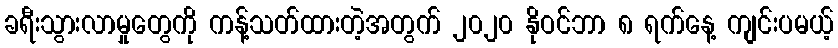
ခရီးသွားလာမှုတွေကို ကန့်သတ်ထားတဲ့အတွက် ၂၀၂၀ နိုဝင်ဘာ ၈ ရက်နေ့ ကျင်းပမယ့်